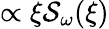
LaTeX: \propto\xi\mathcal{S}_{\omega}(\xi)